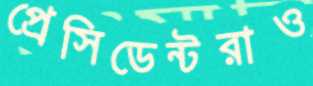
প্রেসিডেন্টরাও